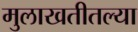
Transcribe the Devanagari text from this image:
मुलाखतीतल्या